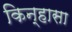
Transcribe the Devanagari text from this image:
किन्हासा